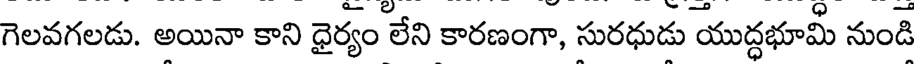
గెలవగలడు. అయినా కాని ధైర్యం లేని కారణంగా, సురధుడు యుద్ధభూమీ నుండి